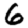
Digit: 6